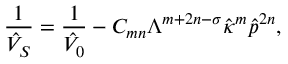
\frac { 1 } { \hat { V } _ { S } } = \frac { 1 } { \hat { V } _ { 0 } } - C _ { m n } \Lambda ^ { m + 2 n - \sigma } \hat { \kappa } ^ { m } \hat { p } ^ { 2 n } ,